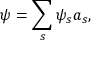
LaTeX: \psi = \sum _ { s } \psi _ { s } a _ { s } ,